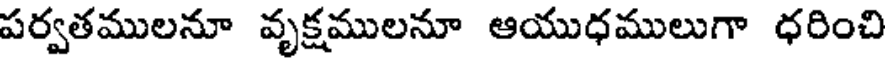
పర్వతములనూ వృక్షములనూ ఆయుధములుగా ధరించి